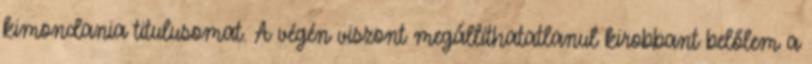
kimondania titulusomat. A végén viszont megállíthatatlanul kirobbant belőlem a